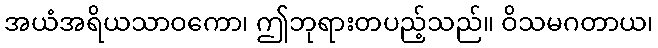
အယံအရိယသာဝကော၊ ဤဘုရားတပည့်သည်။ ဝိသမဂတာယ၊